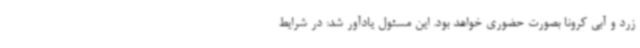
زرد و آبی کرونا بصورت حضوری خواهد بود. این مسئول یادآور شد: در شرایط